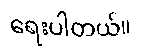
ရေးပါတယ်။